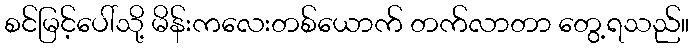
စင်မြင့်ပေါ်သို့ မိန်းကလေးတစ်ယောက် တက်လာတာ တွေ့ရသည်။